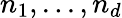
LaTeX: n_{1},...,n_{d}